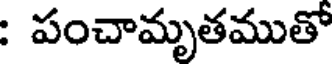
: పంచామృతముతో